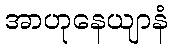
အာဟုနေယျာနံ